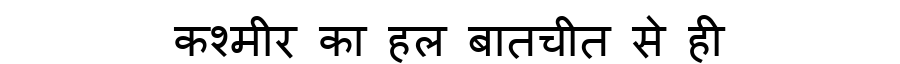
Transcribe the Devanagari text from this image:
कश्मीर का हल बातचीत से ही